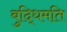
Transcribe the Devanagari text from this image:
बुद्धिमति